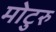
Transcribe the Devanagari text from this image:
मोटुरु